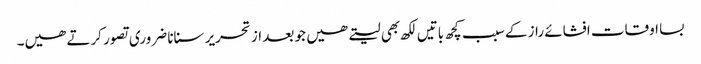
بسا اوقات افشائے راز کے سبب کچھ باتیں لکھ بھی لیتے ھیں جو بعد از تحریر سنانا ضروری تصور کرتے ھیں۔